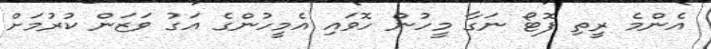
އެންމެ ރީތި ފޮޓޯ ނަގާ މީހުން ހޮވައި އެމީހުންގެ އަގު ވަޒަން ކުރުމަށް